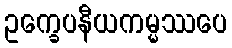
ဥက္ခေပနီယကမ္မဿပေ